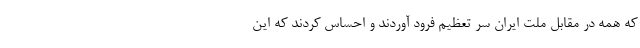
که همه در مقابل ملت ایران سر تعظیم فرود آوردند و احساس کردند که این